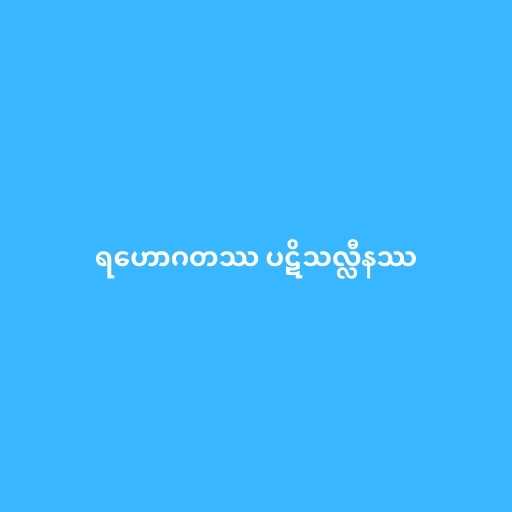
ရဟောဂတဿ ပဋိသလ္လီနဿ